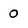
Character: 0